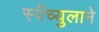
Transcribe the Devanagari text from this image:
स्पॅच्युलाने